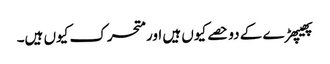
پھیپھڑے کے دو حصے کیوں ہیں اور متحرک کیوں ہیں۔